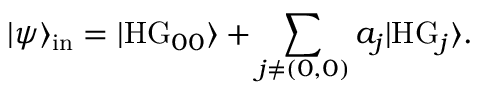
| \psi \rangle _ { \mathrm { i n } } = | \mathrm { H G } _ { 0 0 } \rangle + \sum _ { j \neq ( 0 , 0 ) } a _ { j } | \mathrm { H G } _ { j } \rangle .